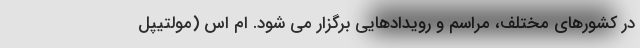
در کشورهای مختلف، مراسم و رویدادهایی برگزار می شود. ام اس (مولتیپل